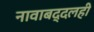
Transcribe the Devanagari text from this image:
नावाबद्दलही